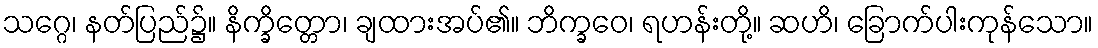
သဂ္ဂေ၊ နတ်ပြည်၌။ နိက္ခိတ္တော၊ ချထားအပ်၏။ ဘိက္ခဝေ၊ ရဟန်းတို့။ ဆဟိ၊ ခြောက်ပါးကုန်သော။